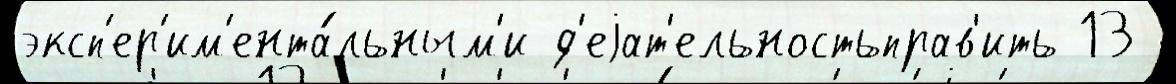
эксп'ер'им'ента́льным'и д'еjат'ельностьправ'ить 13